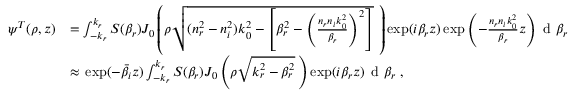
\begin{array} { c l r } { \psi ^ { T } ( \rho , z ) } & { = \int _ { - k _ { r } } ^ { k _ { r } } S ( \beta _ { r } ) J _ { 0 } \left( \rho \sqrt { ( n _ { r } ^ { 2 } - n _ { i } ^ { 2 } ) k _ { 0 } ^ { 2 } - \left[ \beta _ { r } ^ { 2 } - \left( \frac { n _ { r } n _ { i } k _ { 0 } ^ { 2 } } { \beta _ { r } } \right) ^ { 2 } \right] } \, \, \right) \exp ( i \beta _ { r } z ) \exp \left( - \frac { n _ { r } n _ { i } k _ { 0 } ^ { 2 } } { \beta _ { r } } z \right) \textrm { d } \beta _ { r } } \\ & { \approx \, \exp ( - \bar { \beta } _ { i } z ) \int _ { - k _ { r } } ^ { k _ { r } } S ( \beta _ { r } ) J _ { 0 } \left( \rho \sqrt { k _ { r } ^ { 2 } - \beta _ { r } ^ { 2 } } \, \right) \exp ( i \beta _ { r } z ) \, \textrm { d } \beta _ { r } \, \, , } \end{array}